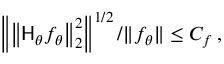
\left\| \left\| \mathsf { H } _ { \theta } f _ { \theta } \right\| _ { 2 } ^ { 2 } \right\| ^ { 1 / 2 } / \| f _ { \theta } \| \leq C _ { f } \, ,